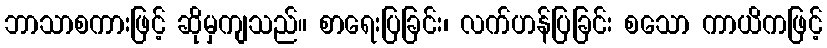
ဘာသာစကားဖြင့် ဆိုမှကျသည်။ စာရေးပြခြင်း၊ လက်ဟန်ပြခြင်း စသော ကာယိကဖြင့်